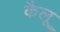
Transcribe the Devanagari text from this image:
कैलू